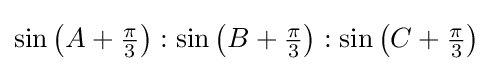
\sin \left(A+{\tfrac {\pi }{3}}\right):\sin \left(B+{\tfrac {\pi }{3}}\right):\sin \left(C+{\tfrac {\pi }{3}}\right)